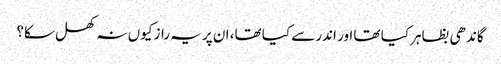
گاندھی بظاہر کیا تھا اور اندر سے کیا تھا، ان پر یہ راز کیوں نہ کھل سکا؟